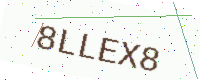
Text: 8LLEX8